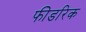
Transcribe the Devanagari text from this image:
फीडरिक